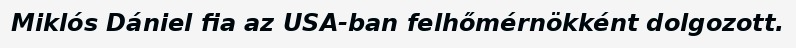
Miklós Dániel fia az USA-ban felhőmérnökként dolgozott.